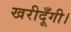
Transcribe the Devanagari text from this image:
खरीदूँगी।